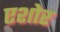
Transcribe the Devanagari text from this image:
एशोर